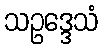
သဥဒ္ဒေသံ